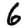
Digit: 6